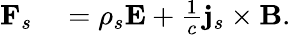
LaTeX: \begin{array}{rl}{\mathbf{F}_{s}}&{{}=\rho_{s}\mathbf{E}+\frac{1}{c}\mathbf{j}_{s}\times\mathbf{B}.}\end{array}